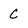
Character: C